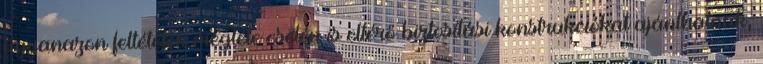
ugyanazon feltételek megléte esetén is eltérő biztosítási konstrukciókat ajánlhatnak,